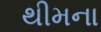
થીમના